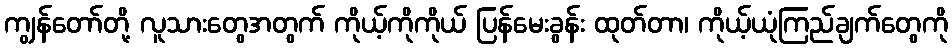
ကျွန်တော်တို့ လူသားတွေအတွက် ကိုယ့်ကိုကိုယ် ပြန်မေးခွန်း ထုတ်တာ၊ ကိုယ့်ယုံကြည်ချက်တွေကို